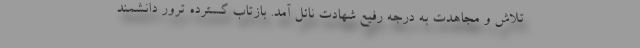
تلاش و مجاهدت به درجه رفیع شهادت نائل آمد. بازتاب گسترده ترور دانشمند